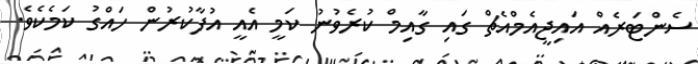
ސެންޓަރެއް އައިޖީއެމްއެޗް ގައި ގާއިމް ކުރެވުނު ކަމީ އެއީ އުފާކުރުން ހައްގު ކަމެކެވެ.